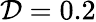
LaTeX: \mathcal{D}=0.2